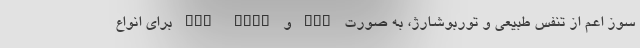
سوز اعم از تنفس طبیعی و توربوشارژ، به صورت VVT و VVT Dual برای انواع